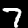
Label: 7